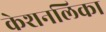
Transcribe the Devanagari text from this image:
केशनलिका